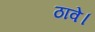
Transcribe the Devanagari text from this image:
ठावे।